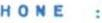
HONE: